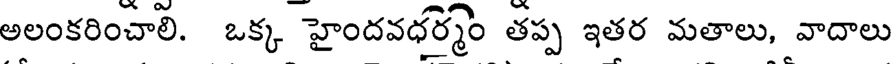
అలంకరించాలి. ఒక్క హైందవధర్మం తప్ప ఇతర మతాలు, వాదాలు